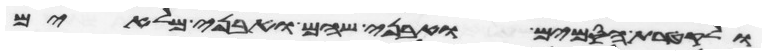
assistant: ולקטרת הסמים ואבני שהם ואבני מלאים